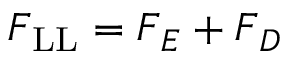
\boldsymbol { F } _ { \mathrm { L L } } = \boldsymbol { F } _ { E } + \boldsymbol { F } _ { D }